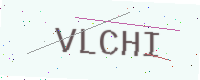
Text: VLCHI